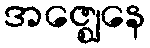
အဇ္ဈေနေ